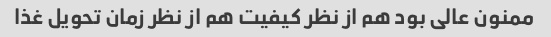
ممنون عالی بود هم از نظر کیفیت هم از نظر زمان تحویل غذا